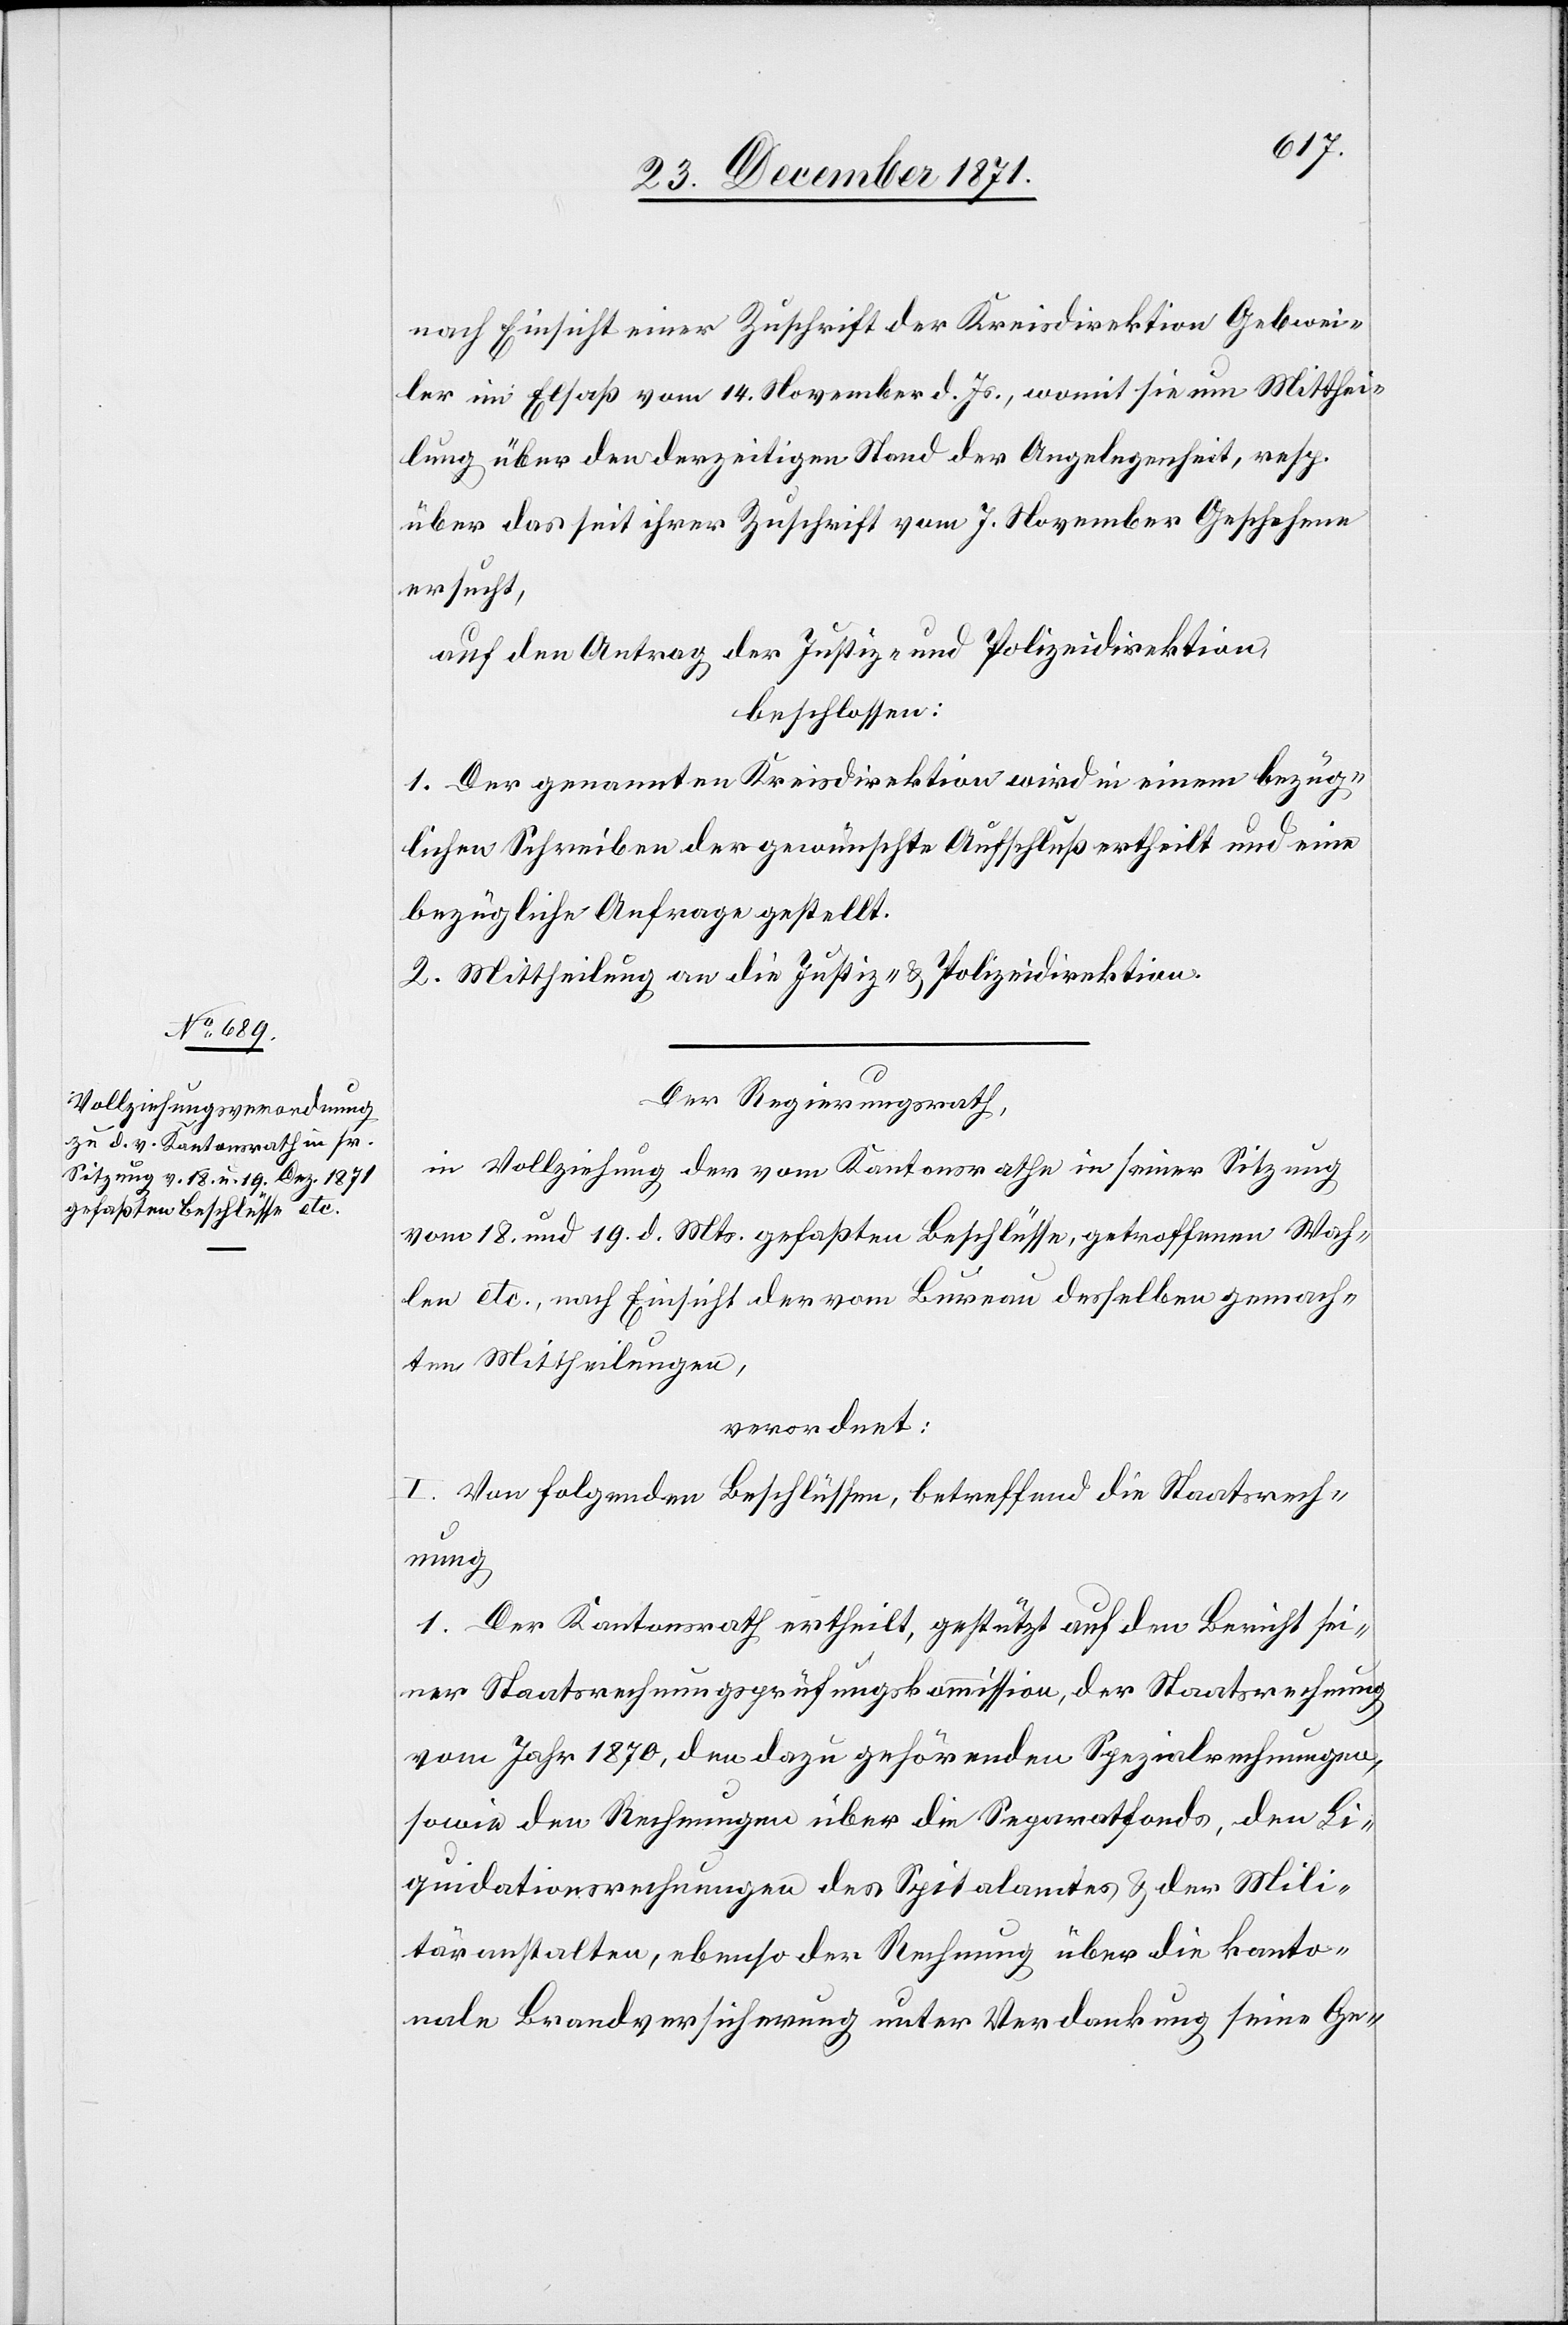
nach Einsicht einer Zuschrift der Kreisdirektion Gebwei¬
ler im Elsaß vom 14. November d. Js., womit sie um Mitthei¬
lung über den derzeitigen Stand der Angelegenheit, resp.
über das seit ihrer Zuschrift vom 7. November Geschehene
ersucht,
auf den Antrag der Justiz- und Polizeidirektion,
beschlossen:
1. Der genannten Kreisdirektion wird in einem bezüg¬
lichen Schreiben der gewünschte Aufschluß ertheilt und eine
bezügliche Anfrage gestellt.
2. Mittheilung an die Justiz- & Polizeidirektion.
Der Regierungsrath,
in Vollziehung der vom Kantonsrathe in seiner Sitzung
vom 18. und 19. d. Mts. gefaßten Beschlüsse, getroffenen Wah¬
len etc., nach Einsicht der vom Bureau desselben gemach¬
ten Mittheilungen,
verordnet:
I. Von folgenden Beschlüssen, betreffend die Staatsrech¬
nung
1. Der Kantonsrath ertheilt, gestützt auf den Bericht sei¬
ner Staatsrechungsprüfungskommission, der Staatsrechnung
vom Jahr 1870, den dazu gehörenden Spezialrechnungen,
sowie den Rechnungen über die Separatfonds, den Li¬
quidationsrechnungen des Spitalamtes & der Mili¬
täranstalten, ebenso der Rechnung über die kanto¬
nale Brandversicherung unter Verdankung seine Ge-